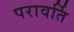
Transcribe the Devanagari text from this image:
परावर्ति